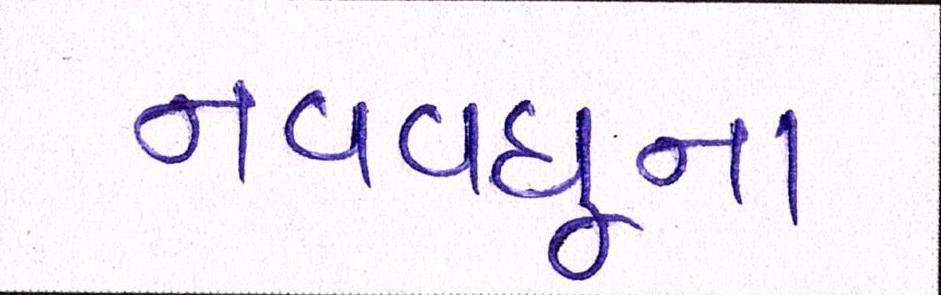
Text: નવવધૂના